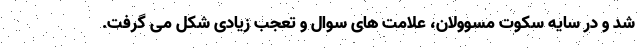
شد و در سایه سکوت مسوولان، علامت های سوال و تعجب زیادی شکل می گرفت.